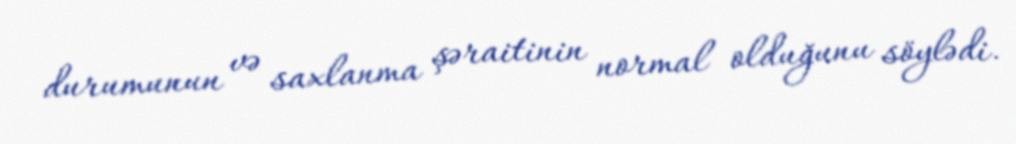
durumunun və saxlanma şəraitinin normal olduğunu söylədi.